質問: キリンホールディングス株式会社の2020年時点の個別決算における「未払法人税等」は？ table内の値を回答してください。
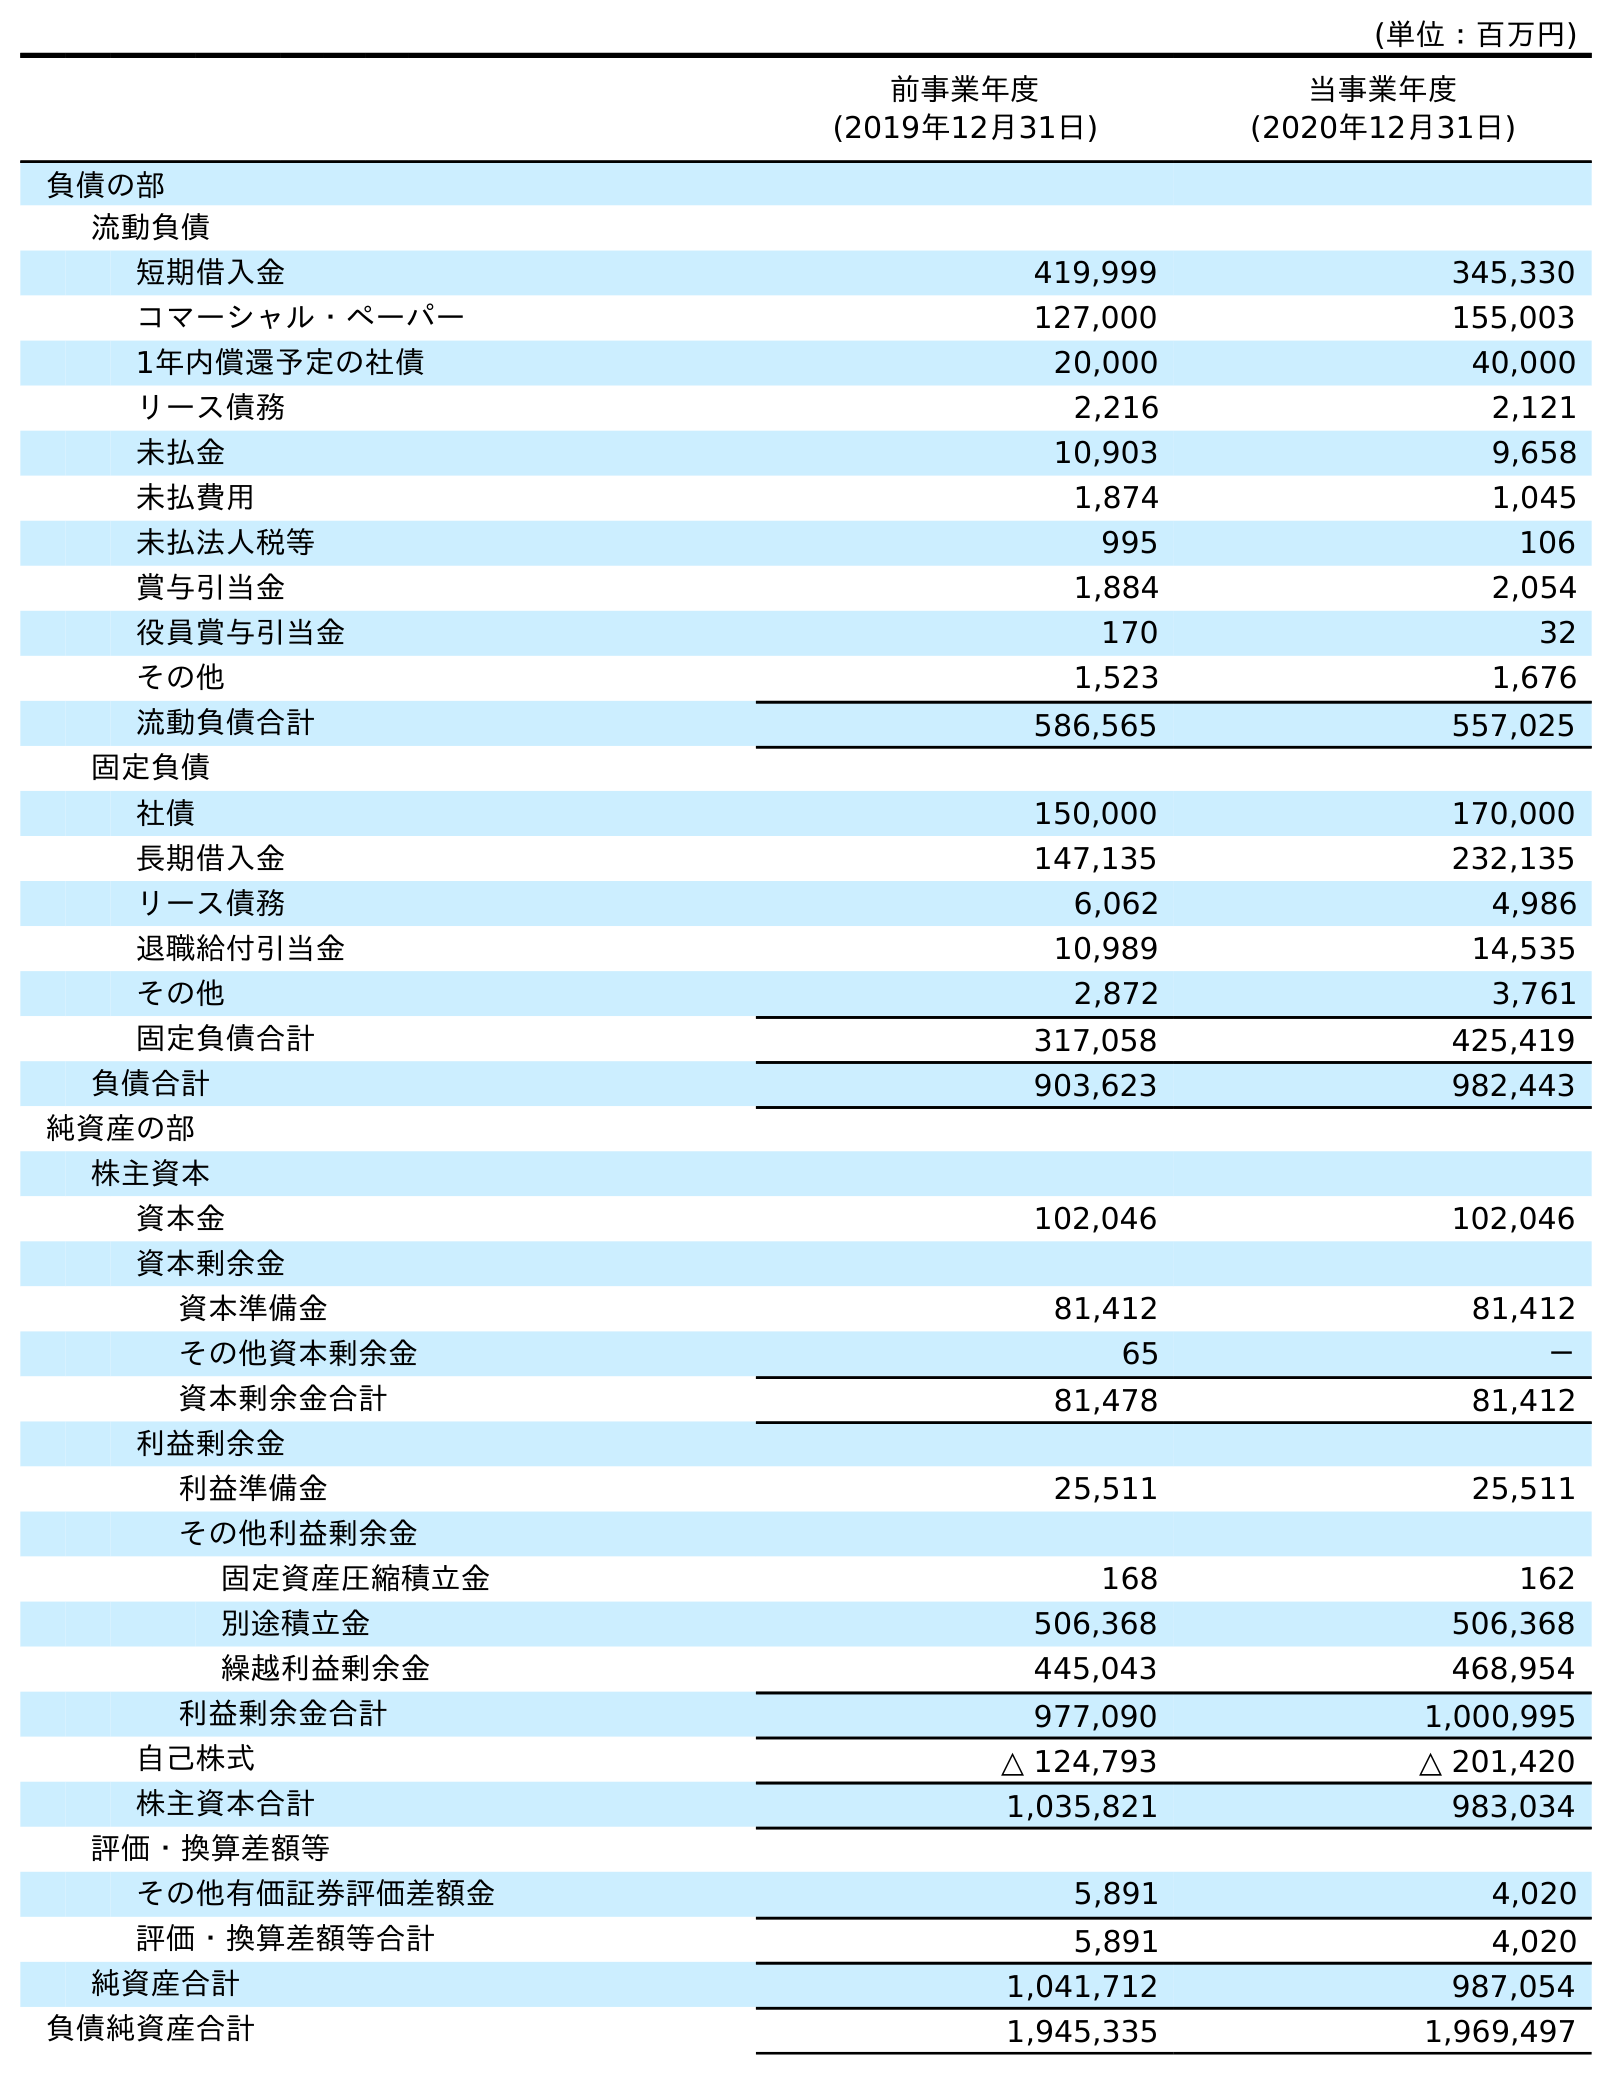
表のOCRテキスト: (単位：百万円) 前事業年度 (2019年12月31日) 当事業年度 (2020年12月31日) 負債の部 流動負債 短期借入金 419,999 345,330 コマーシャル・ペーパー 127,000 155,003 1年内償還予定の社債 20,000 40,000 リース債務 2,216 2,121 未払金 10,903 9,658 未払費用 1,874 1,045 未払法人税等 995 106 賞与引当金 1,884 2,054 役員賞与引当金 170 32 その他 1,523 1,676 流動負債合計 586,565 557,025 固定負債 社債 150,000 170,000 長期借入金 147,135 232,135 リース債務 6,062 4,986 退職給付引当金 10,989 14,535 その他 2,872 3,761 固定負債合計 317,058 425,419 負債合計 903,623 982,443 純資産の部 株主資本 資本金 102,046 102,046 資本剰余金 資本準備金 81,412 81,412 その他資本剰余金 65 － 資本剰余金合計 81,478 81,412 利益剰余金 利益準備金 25,511 25,511 その他利益剰余金 固定資産圧縮積立金 168 162 別途積立金 506,368 506,368 繰越利益剰余金 445,043 468,954 利益剰余金合計 977,090 1,000,995 自己株式 △ 124,793 △ 201,420 株主資本合計 1,035,821 983,034 評価・換算差額等 その他有価証券評価差額金 5,891 4,020 評価・換算差額等合計 5,891 4,020 純資産合計 1,041,712 987,054 負債純資産合計 1,945,335 1,969,497
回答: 106